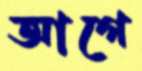
আগে